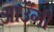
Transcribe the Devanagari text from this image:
आउँगी